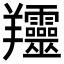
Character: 𦏰